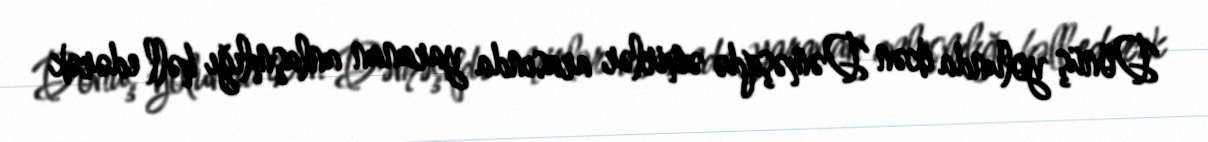
Dönüş yolunda ikən Dəməşqdə əmirlər arasında yaranan anlaşmlığı həll edərək